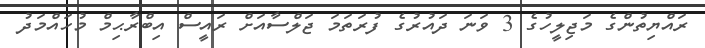
ރައްޔިތުންގެ މަޖިލީހުގެ 3 ވަނަ ދައުރުގެ ފުރަތަމަ ޖަލްސާއަށް ރައީސް އިބްރާޙިމް މުހައްމަދު